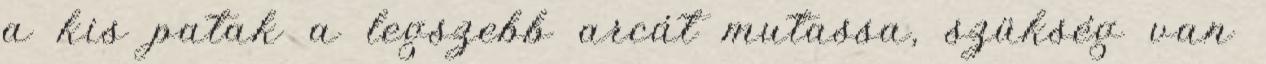
a kis patak a legszebb arcát mutassa, szükség van